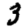
Digit: 3